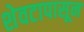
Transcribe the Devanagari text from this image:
शेवटापासून